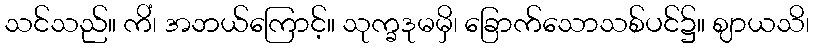
သင်သည်။ ကိံ၊ အဘယ်ကြောင့်။ သုက္ခဒုမမှိ၊ ခြောက်သောသစ်ပင်၌။ ဈာယသိ၊